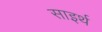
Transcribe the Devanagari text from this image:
साइर्थ